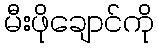
မီးဖိုချောင်ကို